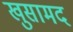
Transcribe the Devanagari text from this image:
खुसामद